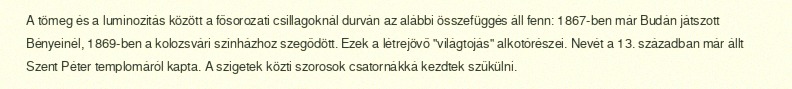
A tömeg és a luminozitás között a fősorozati csillagoknál durván az alábbi összefüggés áll fenn: 1867-ben már Budán játszott Bényeinél, 1869-ben a kolozsvári színházhoz szegődött. Ezek a létrejövő "világtojás" alkotórészei. Nevét a 13. században már állt Szent Péter templomáról kapta. A szigetek közti szorosok csatornákká kezdtek szűkülni.